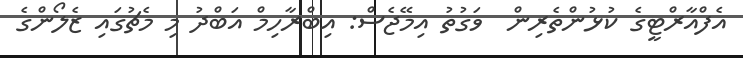
އެފްއާރްޓީގެ ކުޅުންތެރިން  ވަގުތު އިމޭޖެސް: އިބްރާހިމް އަބްދު މި މެޗުގައި ޒެލޯންގެ